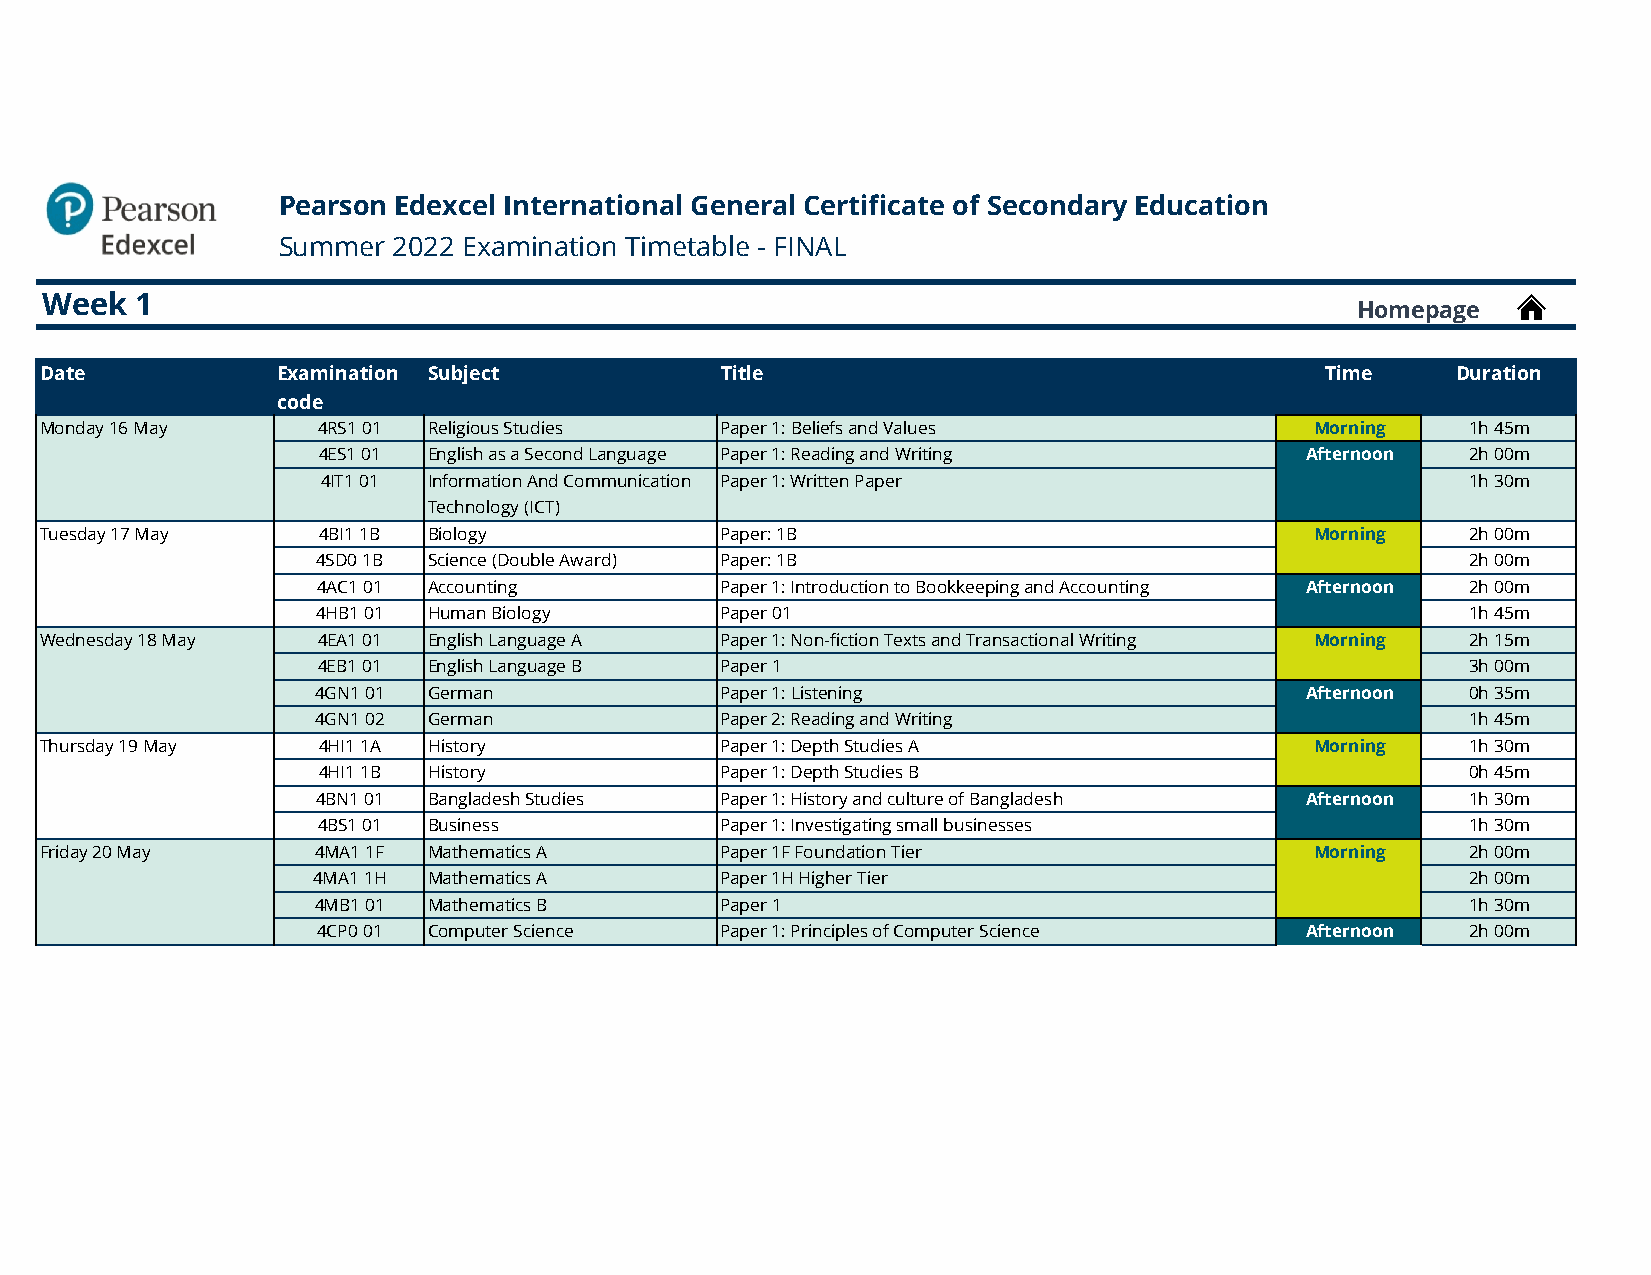
Pearson Edexcel International General Certificate of Secondary Education
 Summer  2022 Examination Timetable - FINAL
 Week  1
 Homepage
 Date           Examination Subject           Title                                   Time    Duration
 code
 Monday 16 May     4RS1 01 Religious Studies  Paper 1: Beliefs and Values            Morning   1h 45m
 Monday 16 May     4ES1 01 English as a Second Language Paper 1: Reading and Writing Afternoon 2h 00m
 Monday 16 May     4IT1 01 Information And Communication Paper 1: Written Paper     Afternoon  1h 30m
 Technology (ICT)
 Tuesday 17 May    4BI1 1B Biology            Paper: 1B                              Morning   2h 00m
 Tuesday 17 May    4SD0 1B Science (Double Award) Paper: 1B                          Morning   2h 00m
 Tuesday 17 May    4AC1 01 Accounting         Paper 1: Introduction to Bookkeeping and Accounting Afternoon 2h 00m
 Tuesday 17 May    4HB1 01 Human Biology      Paper 01                              Afternoon  1h 45m
 Wednesday 18 May  4EA1 01 English Language A Paper 1: Non-fiction Texts and Transactional Writing Morning 2h 15m
 Wednesday 18 May  4EB1 01 English Language B Paper 1                                Morning   3h 00m
 Wednesday 18 May  4GN1 01 German             Paper 1: Listening                    Afternoon  0h 35m
 Wednesday 18 May  4GN1 02 German             Paper 2: Reading and Writing          Afternoon  1h 45m
 Thursday 19 May   4HI1 1A History            Paper 1: Depth Studies A               Morning   1h 30m
 Thursday 19 May   4HI1 1B History            Paper 1: Depth Studies B               Morning   0h 45m
 Thursday 19 May   4BN1 01 Bangladesh Studies Paper 1: History and culture of Bangladesh Afternoon 1h 30m
 Thursday 19 May   4BS1 01 Business           Paper 1: Investigating small businesses Afternoon 1h 30m
 Friday 20 May     4MA1 1F Mathematics A      Paper 1F Foundation Tier               Morning   2h 00m
 Friday 20 May     4MA1 1H Mathematics A      Paper 1H Higher Tier                   Morning   2h 00m
 Friday 20 May     4MB1 01 Mathematics B      Paper 1                                Morning   1h 30m
 Friday 20 May     4CP0 01 Computer Science   Paper 1: Principles of Computer Science Afternoon 2h 00m